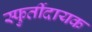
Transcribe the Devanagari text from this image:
स्फुर्तीदायक